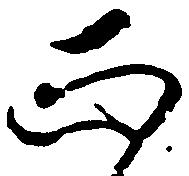
正